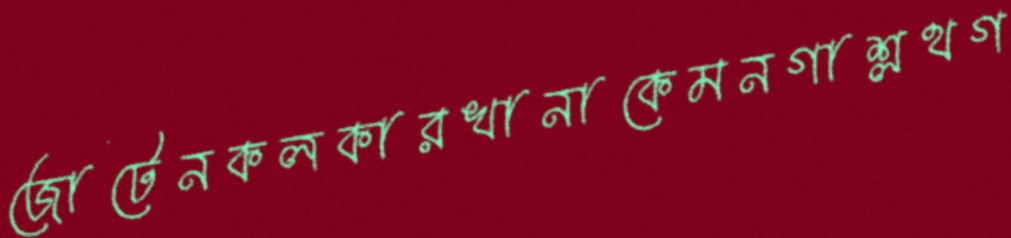
জোটেনকলকারখানাকেমনগাশ্লথগ